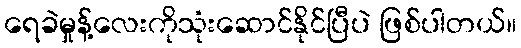
ရေခဲမှုန့်လေးကိုသုံးဆောင်နိုင်ပြီပဲ ဖြစ်ပါတယ်။